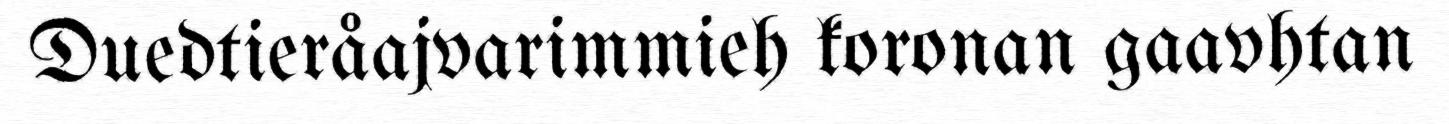
Duedtieråajvarimmieh koronan gaavhtan